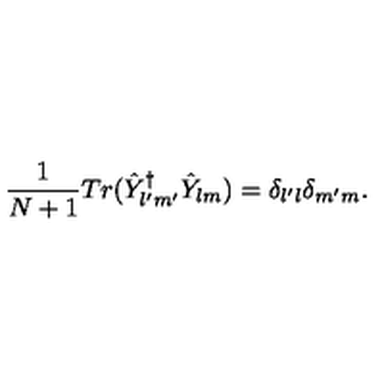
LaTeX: \frac { 1 } { N + 1 } T r ( \hat { Y } _ { l ^ { \prime } m ^ { \prime } } ^ { \dagger } \hat { Y } _ { l m } ) = \delta _ { l ^ { \prime } l } \delta _ { m ^ { \prime } m } .